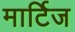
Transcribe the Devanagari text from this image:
मार्टिज